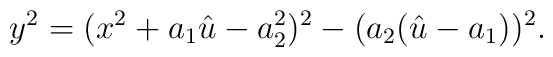
y^2=(x^2 + a_1 \hat{u} - a_{2}^2)^2 - (a_2(\hat{u}-a_1))^2.